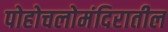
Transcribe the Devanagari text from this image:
पोहोचलोमंदिरातील